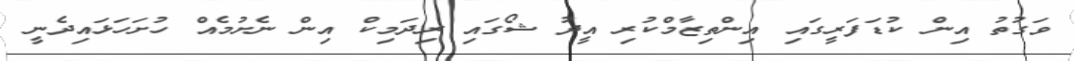
ވަގުތު އިން ކުޑަފަރީގައި އިންތިޒާމްކުރި އީދު ޝޯގައި ރިދަމިކް އިން ނެށުމެއް ހުށަހަޅައިދެނީ